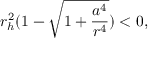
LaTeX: r _ { h } ^ { 2 } ( 1 - \sqrt { 1 + \frac { a ^ { 4 } } { r ^ { 4 } } } ) < 0 ,